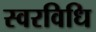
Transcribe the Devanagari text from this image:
स्वरविधि